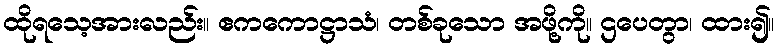
ထိုရသေ့အားလည်း။ ဧကကောဋ္ဌာသံ၊ တစ်ခုသော အဖို့ကို။ ဌပေတွာ၊ ထား၍။